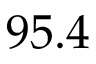
9 5 . 4